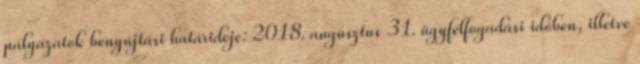
pályázatok benyújtási határideje: 2018. augusztus 31. ügyfélfogadási időben, illetve